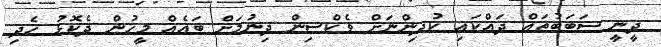
ދީނީ ސަބަބުތައް ދައްކައި ކުދިންނަށް ވެކްސިން ދިނުމަށް ބައެއް މީހުން ދެކޮޅު ހެދި